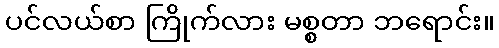
ပင်လယ်စာ ကြိုက်လား မစ္စတာ ဘရောင်း။